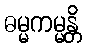
ဓမ္မကမ္မန္တိ